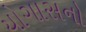
યોગાસનો